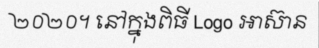
២០២០។ នៅក្នុងពិធី Logo អាស៊ាន